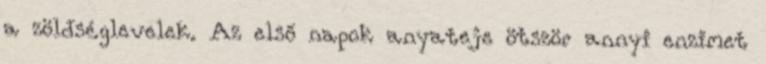
a zöldséglevelek. Az első napok anyateje ötször annyi enzimet